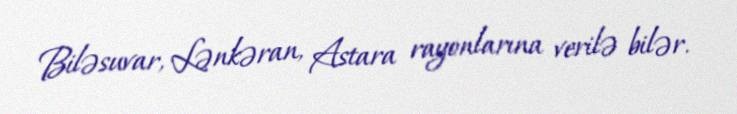
Biləsuvar, Lənkəran, Astara rayonlarına verilə bilər.